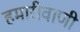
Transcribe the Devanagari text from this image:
हमारीवाणी